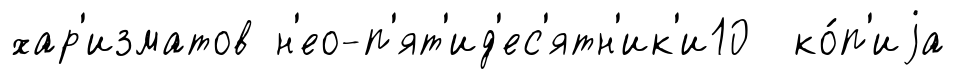
хар'изматов н'ео-п'ят'ид'ес'ятн'ик'и10 ко́п'иjа